Indian Medical Review
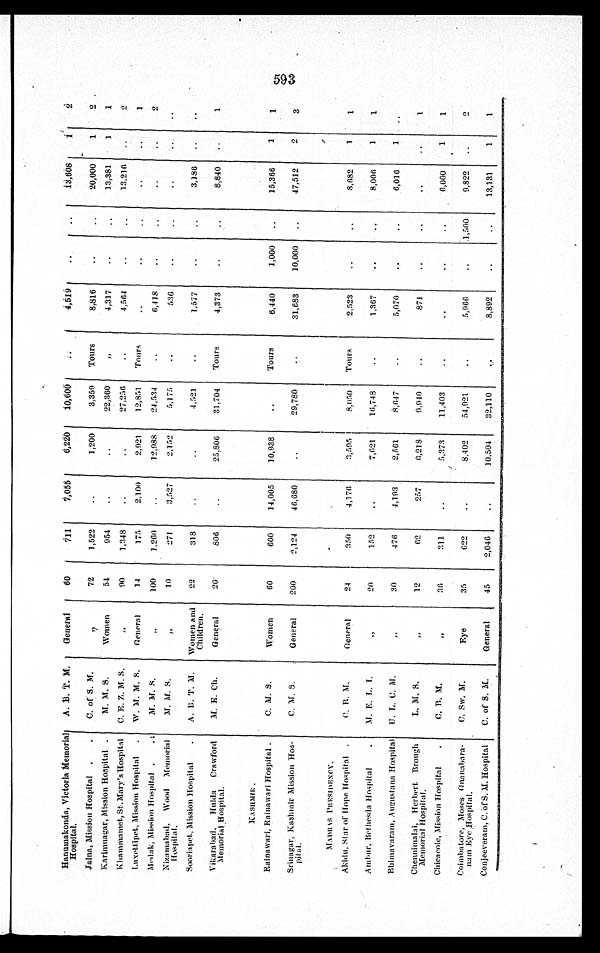
Hanumakonda, Victoria Memorial
Hospital.
A. B. T. M. General
60
7 1 1 7,055 6,220 10,600
4,519
13,608 1 2
Jalna, Mission Hospital
C. of S. M.
" 72
1,522
1,200 3,359 Tours
8,816
20,000 1 2
Karimnagar, Mission Hospital M. M. S.
Women
54
954
22,360 "
4,317
13,381. 1 1
Khammamet, St. Mary' s Hospital C. E. Z. M. S.
"
90
1,348
27,256
4,564
13,216
2
Luxettipet, Mission Hospital W. M. M. S. General
14
175
2,100
2,921 12,851 Tours
1
Medak, Mission Hospital M. M. S.
100 1,260
12,988 24,534
6,418
2
Nizamabad, Wood Memorial
H o s p i t a l .
M. M. S.
10
271
3,527 2,152 5,175
536
Sooriapet, Mission Hospital
A. B. T. M. Women and
Children. 22
318
4,921
1,577
3,186
Vikarabad, Hulda Crawford
Memorial Hospital.
M. E. Ch.
General
20
806
25,806 31,704 Tours
4,373
8,840
1
K A S H M I R .
Rainawari, Rainawari Hospital.
C. M. S.
Women
60
600 14,005 10,938
Tours
6,440
1,000
15,366 1 1
Srinagar, Kashmir Mission Hos-
pital.
C. M. S.
General 200
2,124 46,680
29,780
31,683 10,000
47,512 2 3
MADRAS PRESIDENCY.
Akidu, Star of Hope Hospital
C. B. M.
General
24
350
4,176
3,595
8,050 Tours
2,523
8,682 1 1
Ambur, Bethesda Hospital M. E. L. I
"
2 0
152
7,621 16,748
1,367
8,006 1 1
Bhimavaram, Augustana Hospital U. L. C. M.
"
30
476
4,193
2,561
8,647
5,070
6,016 1
Chennimalai, Herbert. Brough
Memorial Hospital.
L. M. S
"
12
62
257
6,218
9,940
871
1
Chicaeole, Mission Hospital.
C. B. M.
"
36
311
5 , 3 7 3 11,403
6,000 1 1
Coimbatore, Moses Gnanabara-
nam Eye Hospi t al .
C. Sw. M.
Eye
35
622
8,402 54,921
5,966
1,500
9,822
2
Conjeeveram, C. of S.M. Hospital C. of S. M. General
45 2,046
10,504 32,110
8,892
13,131 1 1